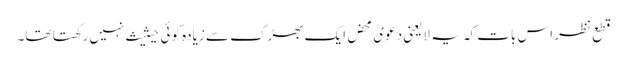
قطع نظر اس بات کہ یہ لایعنی دعویٰ محض ایک بھڑک سے زیادہ کوئی حیثیث نہیں رکھتا تھا۔